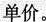
单价